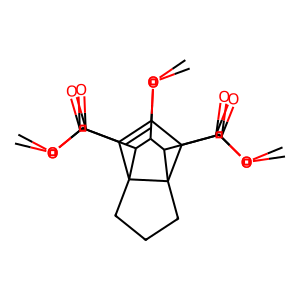
SMILES: COC(=O)C1=C(OC)C(C(=O)OC)C23CCCC12C(C(=O)OC)C(OC)C3C(=O)OC
Inhibits HIV replication: No